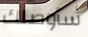
سأوصلك